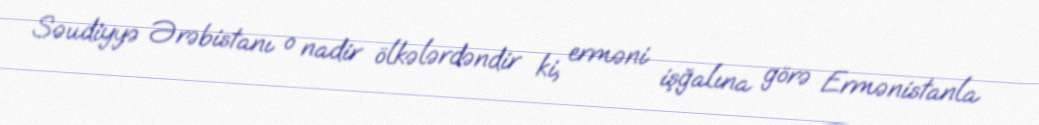
Səudiyyə Ərəbistanı o nadir ölkələrdəndir ki, erməni işğalına görə Ermənistanla